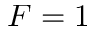
F = 1